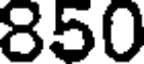
850